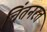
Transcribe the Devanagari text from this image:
चिंतनरत